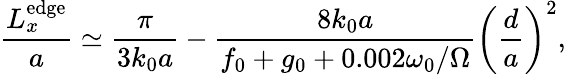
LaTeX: \frac{L_{x}^{\mathrm{edge}}}{a}\simeq\frac{\pi}{3k_{0}a}-\frac{8k_{0}a}{f_{0}+g_{0}+0.002\omega_{0}/\Omega}\left(\frac{d}{a}\right)^{2},